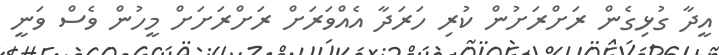
އީދާ ގުޅިގެން ރަށްރަށުން ކުރި ހަރަދާ އެއްވަރަށް ރަށްރަށަށް މީހުން ވެސް ވަނީ